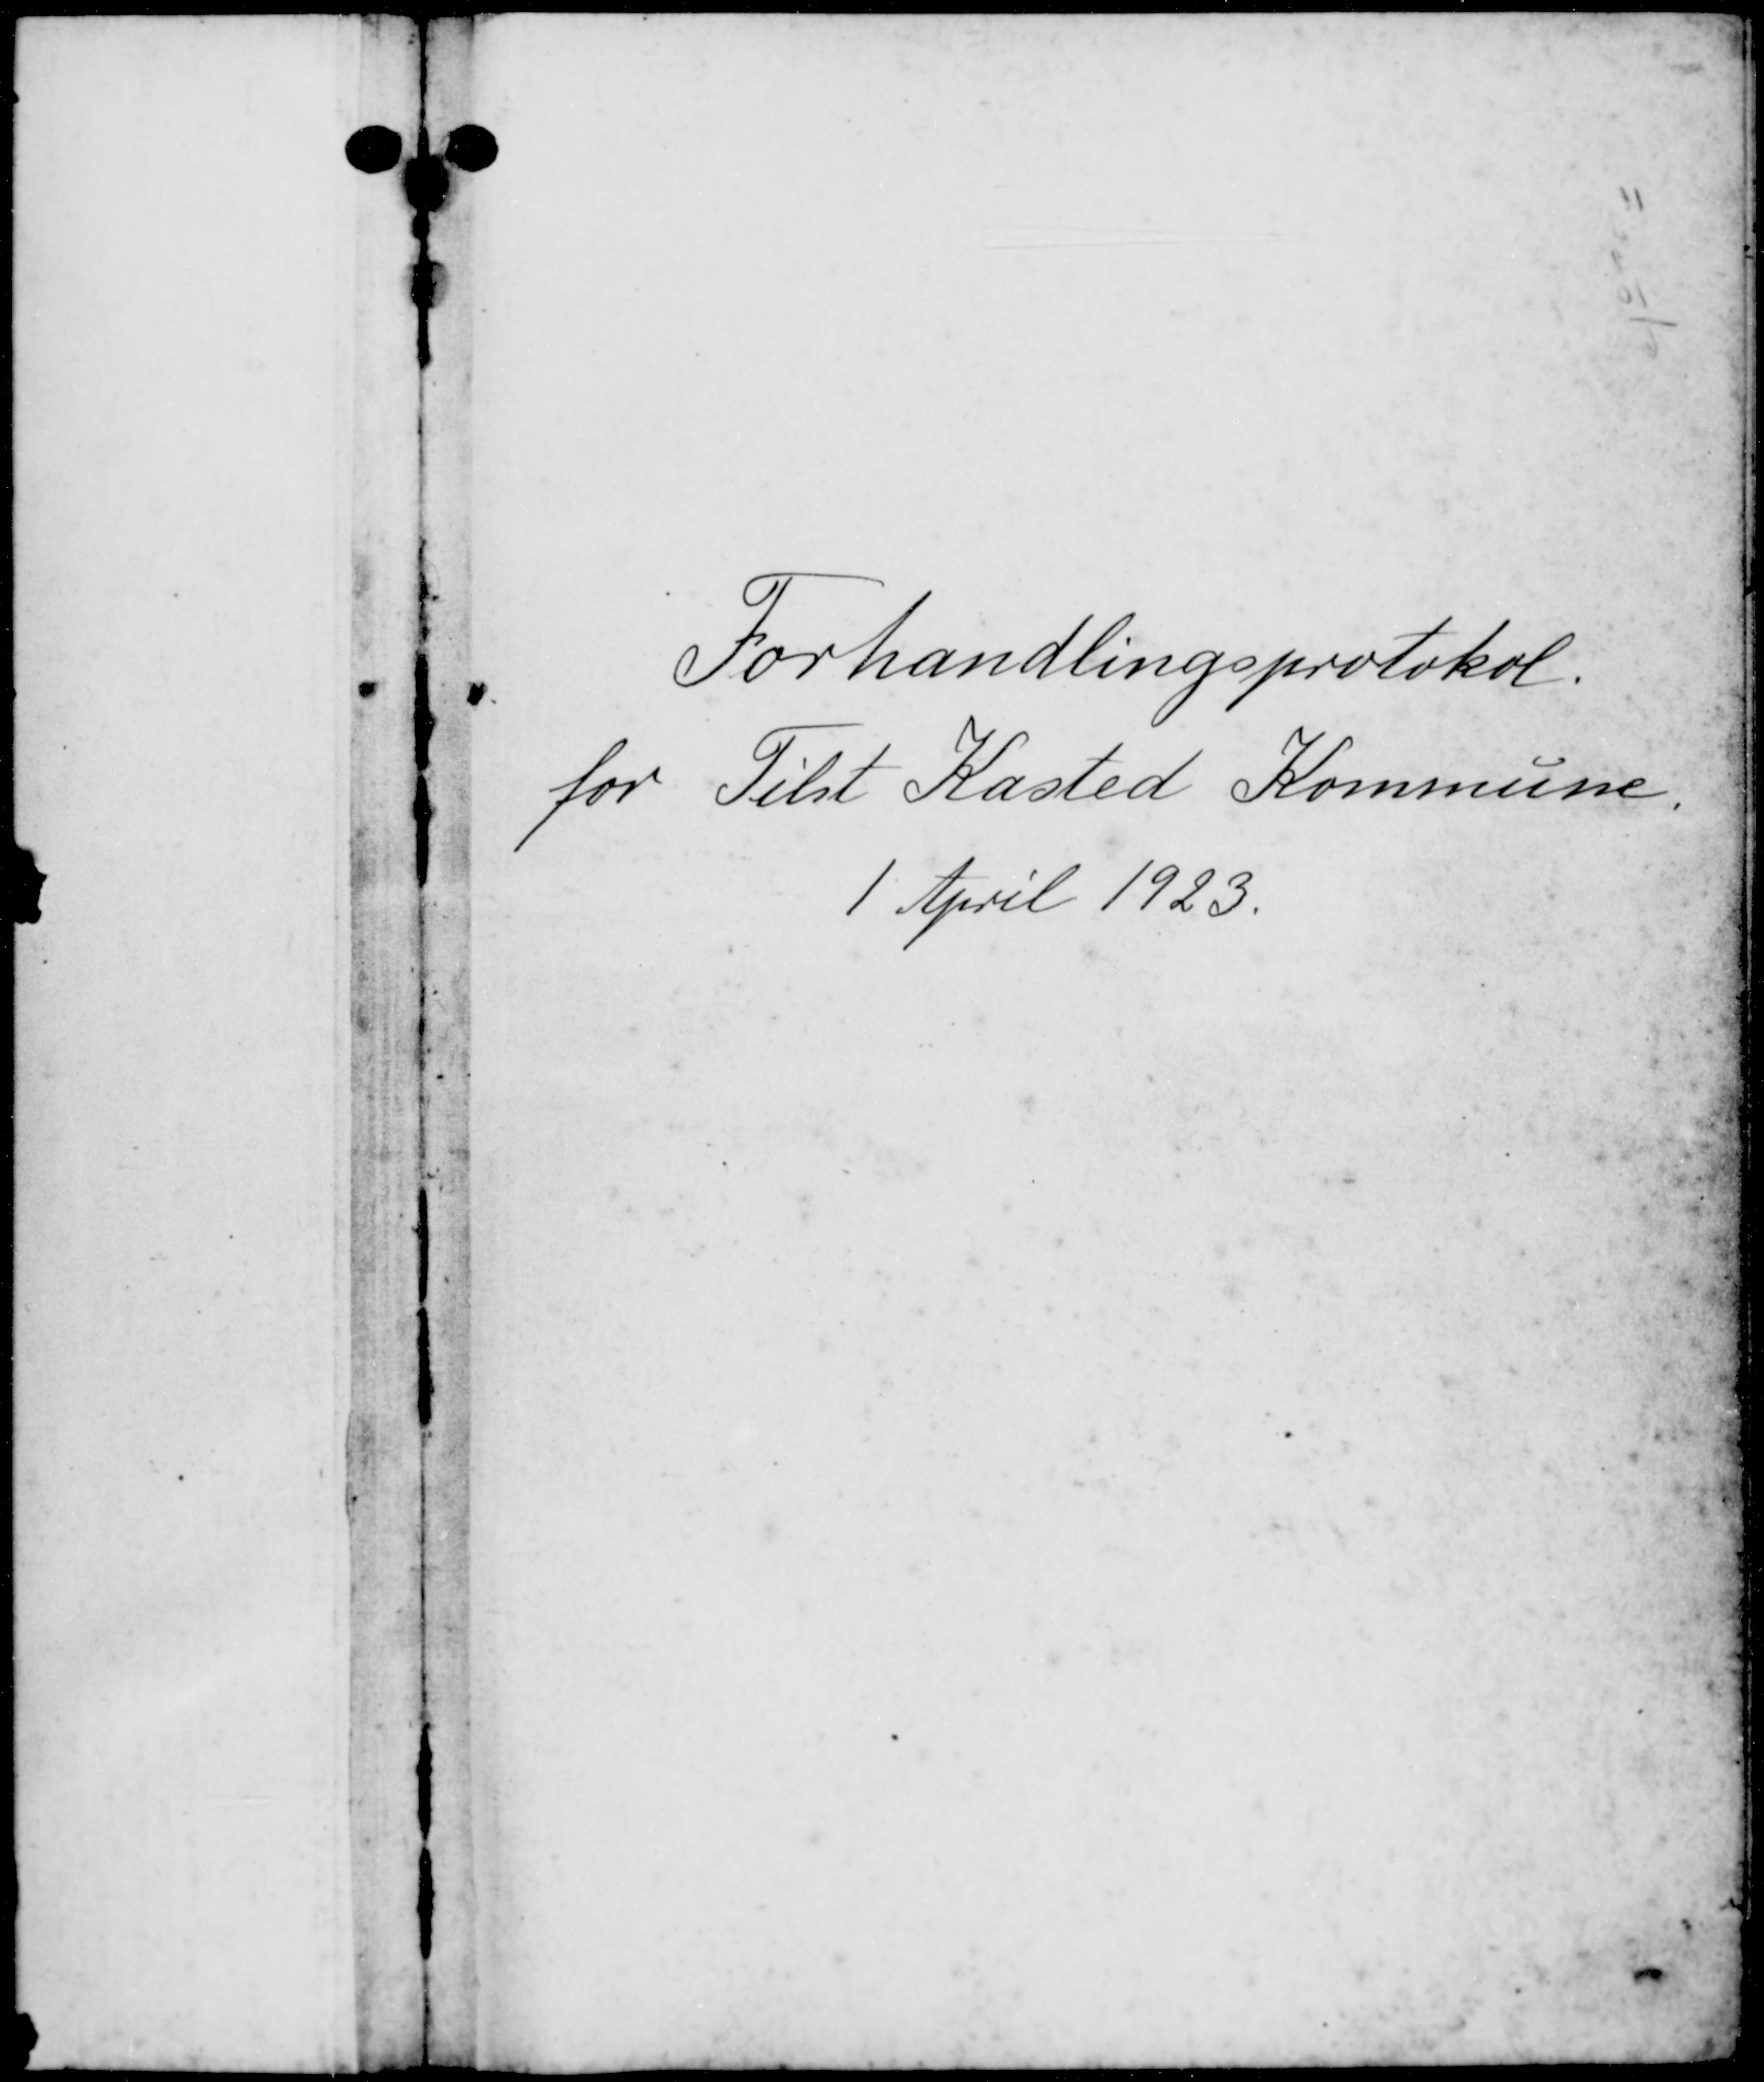
Transskription:
Forhandlingsprotokol.
for Tilst Kasted Kommune
1 April 1923.